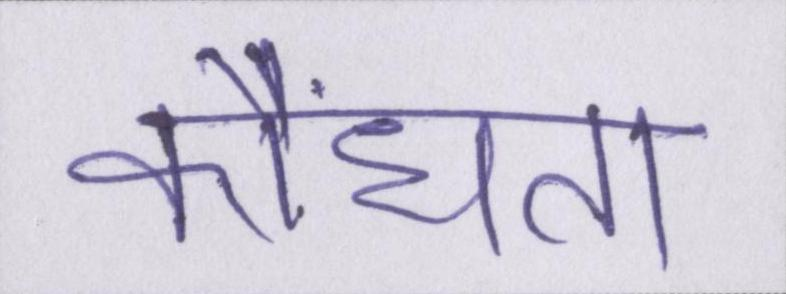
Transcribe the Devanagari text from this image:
कौंधता